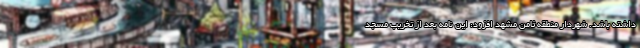
داشته باشد. شهردار منطقه ثامن مشهد افزود: این نامه بعد از تخریب مسجد